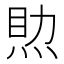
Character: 𤉏